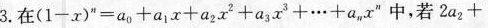
3.在$$( 1 - x ) ^ { n }